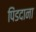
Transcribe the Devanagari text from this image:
पिंडदाना